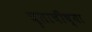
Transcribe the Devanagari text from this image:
घृताचीच्या